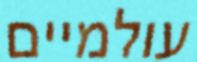
עולמיים